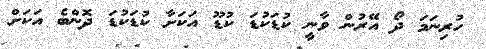
ހުރިނަމަ ދޯ އޭރުން ވާނީ ކުޑަކުޑަ ކުޑޫ އަކަށާ ކުޑަކުޑަ ދޮންބެ އަކަށް